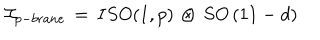
{ \cal I } _ { p - b r a n e } \, = \, I S O ( 1 , p ) \, \otimes \, S O \left( 1 1 - d \right)